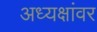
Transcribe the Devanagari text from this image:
अध्यक्षांवर